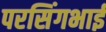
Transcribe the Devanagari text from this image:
परसिंगभाई